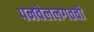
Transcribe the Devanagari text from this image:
पनवेललगतची